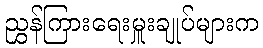
ညွှန်ကြားရေးမှူးချုပ်များက